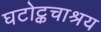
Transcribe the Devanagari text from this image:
घटोट्कचाश्रय